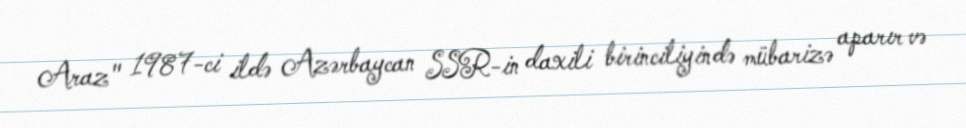
Araz" 1987-ci ildə Azərbaycan SSR-in daxili birinciliyində mübarizə aparır və